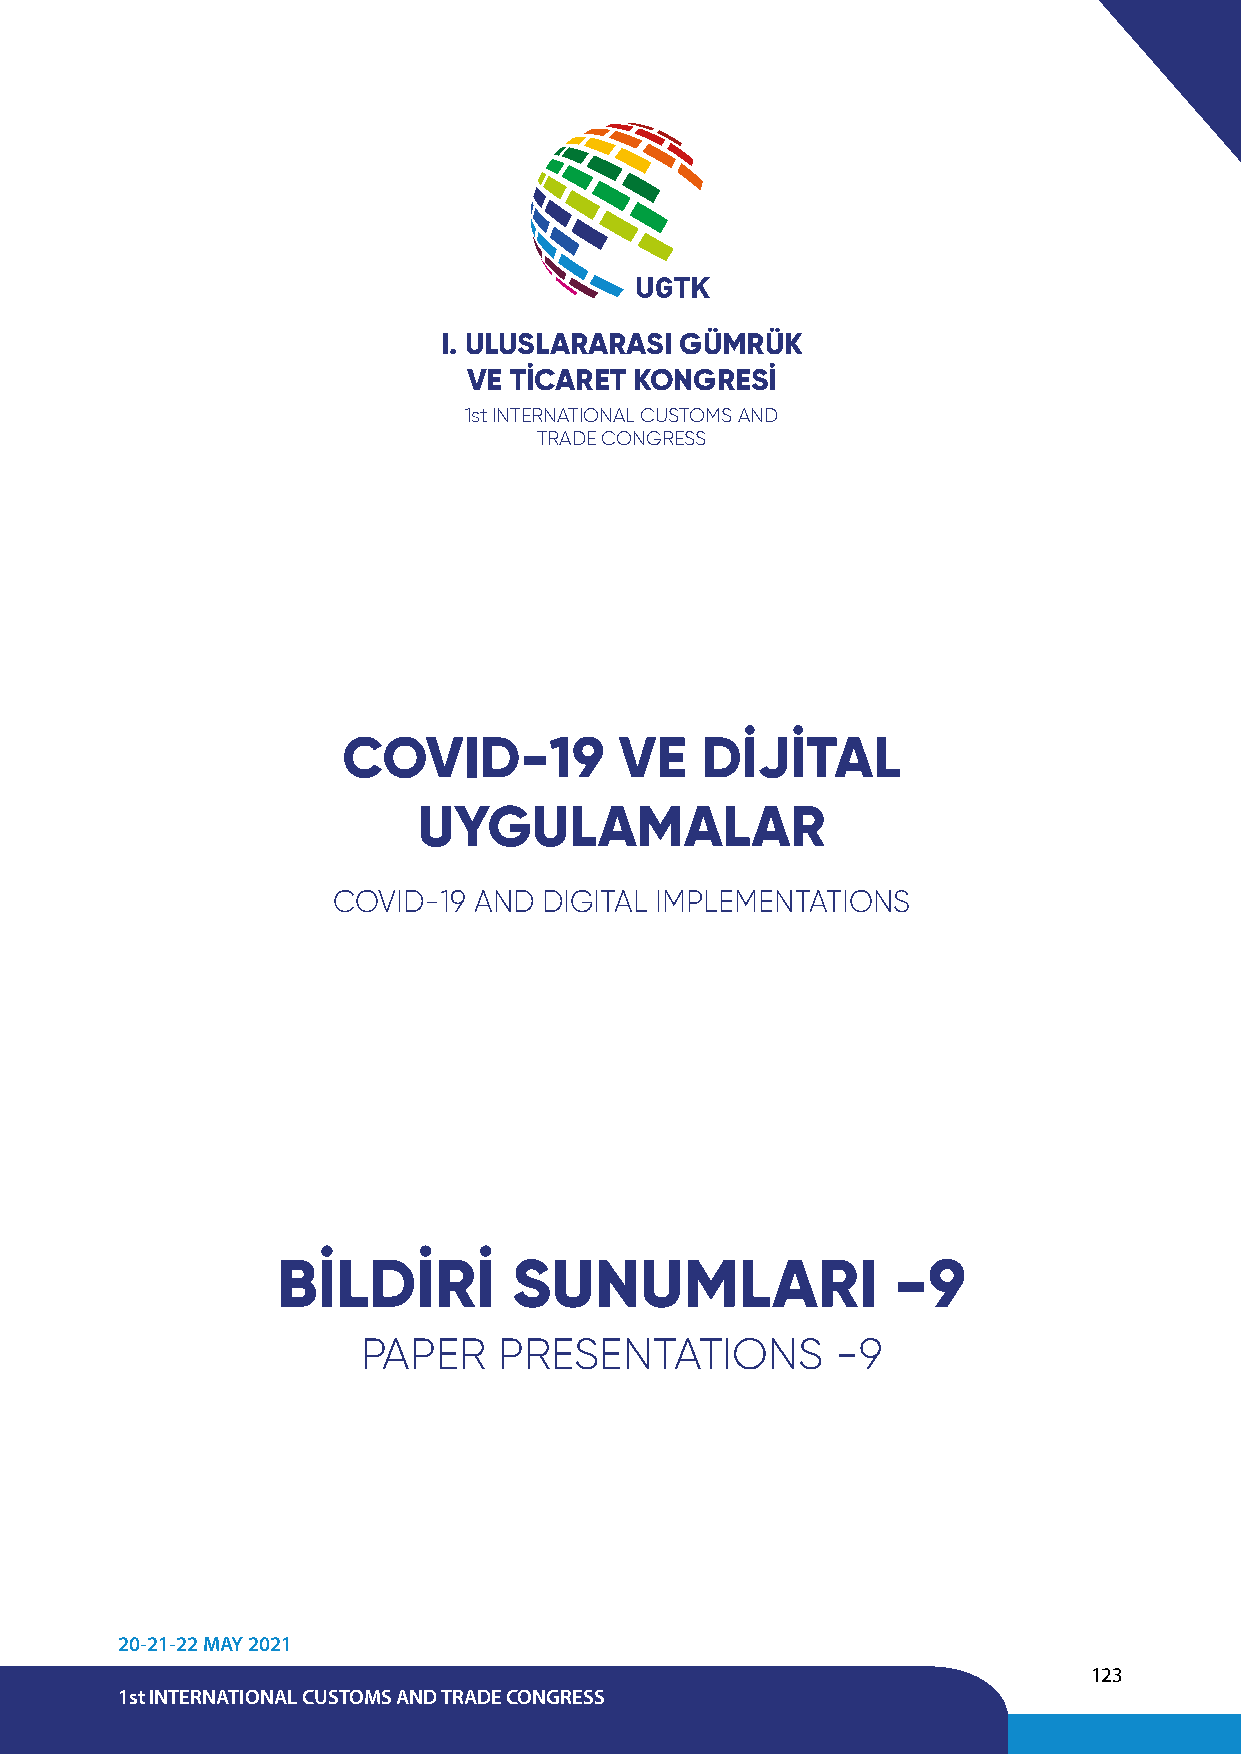
UGTK
 I. ULUSLARARASI GÜMRÜK
 VE TİCARET KONGRESİ
 1st INTERNATIONAL CUSTOMS AND
 TRADE CONGRESS
 COVID-19          VE   DİJİTAL
 UYGULAMALAR
 COVID-19 AND  DIGITAL IMPLEMENTATIONS
 BİLDİRİ         SUNUMLARI                -9
 PAPER    PRESENTATIONS         -9
 20-21-22 MAY 2021
 123
 1st INTERNATIONAL CUSTOMS AND TRADE CONGRESS